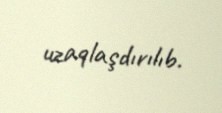
uzaqlaşdırılıb.